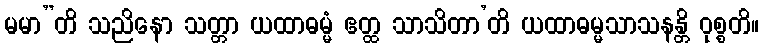
မမာ”တိ သညိနော သတ္တာ ယထာဓမ္မံ ဧတ္ထ သာသိတာ’တိ ယထာဓမ္မသာသနန္တိ ဝုစ္စတိ။